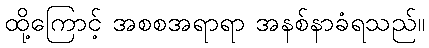
ထို့ကြောင့် အစစအရာရာ အနစ်နာခံရသည်။